Lunatic asylums Madras 1892-1911 - 1892-1911
Year: 1892
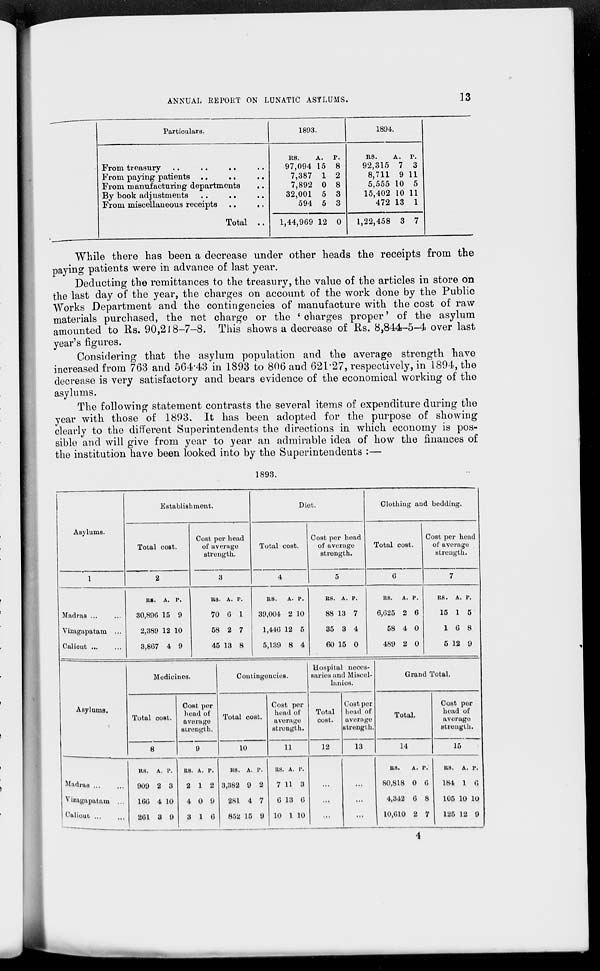
ANNUAL REPORT ON LUNATIC ASYLUMS.
13
Particulars.
From treasury .. .. .. ..
From paying patients .. .. ..
From manufacturing departments
..
By book adjustments .. .. ..
From miscellaneous receipts
..
..
Total ..
1893.
Rs.
97,094
7,387
7,892
32,001
594
1,44,969
A.
15
1
0
5
5
12
P.
8
2
8
3
3
0
1894.
Rs.
92,315
8,711
5,555
15,402
472
1,22,458
A.
7
9
10
10
13
3
P.
3
11
5
11
1
7
While there has been a decrease under other heads the receipts from the
paying patients were in advance of last year.
Deducting the remittances to the treasury, the value of the articles in store on
the last day of the year, the charges on account of the work done by the Public
Works Department and the contingencies of manufacture with the cost of raw
materials purchased, the net charge or the ' charges proper' of the asylum
amounted to Rs. 90,218-7-8. This shows a decrease of Rs. 8,844-5-4 over last
year's figures.
Considering that the asylum population and the average strength have
increased from 763 and 564.43 in 1893 to 806 and 621.27, respectively, in 1894, the
decrease is very satisfactory and bears evidence of the economical working of the
asylums.
The following statement contrasts the several items of expenditure during the
year with those of 1893. It has been adopted for the purpose of showing
clearly to the different Superintendents the directions in which economy is pos-
sible and will give from year to year an admirable idea of how the finances of
the institution have been looked into by the Superintendents :—
1893.
Asylums.
1
Madras ... ...
Vizagapatam ...
Calicut ... ...
Establishment.
Total cost.
2
Rs.
30,896
2,389
3,867
A.
15
12
4
P.
9
10
9
Cost per head
of average
strength.
3
Rs.
70
58
45
A.
6
2
13
P.
1
7
8
Diet.
Total cost.
4
Rs.
39,004
1,446
5,139
A.
2
12
8
P.
10
5
4
Cost per head
of average
strength.
5
Rs.
88
35
60
A.
13
3
15
P.
7
4
0
Clothing and bedding.
Total cost.
6
Rs.
6,625
58
489
A.
2
4
2
P.
6
0
0
Cost per head
of average
strength.
7
Rs.
15
1
5
A.
1
6
12
P.
5
8
9
Asylums.
Madras
...
...
Vizagapatam ...
Calicut ... ...
Medicines.
Total cost.
8
Rs.
909
166
261
A.
2
4
3
P.
3
10
9
Cost per
head of
average
strength.
9
Rs.
2
4
3
A.
1
0
1
P.
2
9
6
Contingencies.
Total cost.
10
Rs.
3,382
281
852
A.
9
4
15
P.
2
7
9
Cost per
head of
average
strength.
11
Rs
7
6
10
A.
11
13
1
P.
3
6
10
Hospital neces-
saries and Miscel-
lanies.
Total
cost.
12
...
...
...
Cost per
head of
average
strength.
13
...
...
...
Grand Total.
Total.
14
Rs.
80,818
4,342
10,610
A.
0
6
2
P.
6
8
7
Cost per
head of
average
strength.
15
Rs.
184
105
125
A.
1
10
12
P.
6
10
9
4